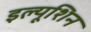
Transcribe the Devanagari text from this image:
इल्यूशिन